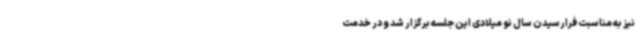
نیز به مناسبت فرارسیدن سال نو میلادی این جلسه برگزار شد و در خدمت